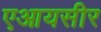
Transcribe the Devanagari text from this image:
एआयसीर